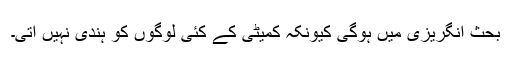
بحث انگریزی میں ہوگی کیونکہ کمیٹی کے کئی لوگوں کو ہندی نہیں آتی۔